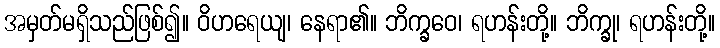
အမှတ်မရှိသည်ဖြစ်၍။ ဝိဟရေယျ၊ နေရာ၏။ ဘိက္ခဝေ၊ ရဟန်းတို့။ ဘိက္ခု၊ ရဟန်းတို့။